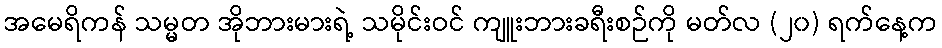
အမေရိကန် သမ္မတ အိုဘားမားရဲ့ သမိုင်းဝင် ကျူးဘားခရီးစဉ်ကို မတ်လ (၂၀) ရက်နေ့က